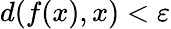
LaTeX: d(f(x),x)<\varepsilon